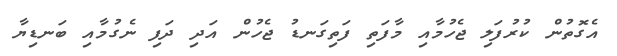
އެގޮތުން ކުރުފަލި ޖެހުމާއި މާފަތި ފަތިގަނޑު ޖެހުން އަދި ދަފި ނެގުމާއި ބަނޑިޔާ